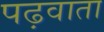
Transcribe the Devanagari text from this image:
पढ़वाता